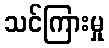
သင်ကြားမှု